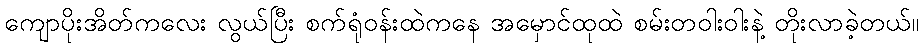
ကျောပိုးအိတ်ကလေး လွယ်ပြီး စက်ရုံဝန်းထဲကနေ အမှောင်ထုထဲ စမ်းတဝါးဝါးနဲ့ တိုးလာခဲ့တယ်။